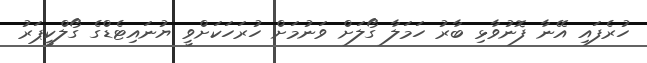
ހުރެފައި އޭނާ ފޮނުވާޅި ބާރު ހަމަލާ ގޯލަށް ވަނުމަށް ހުރަހަކަށްވީ ޔުނައިޓެޑްގެ ގޯލްކީޕަރު